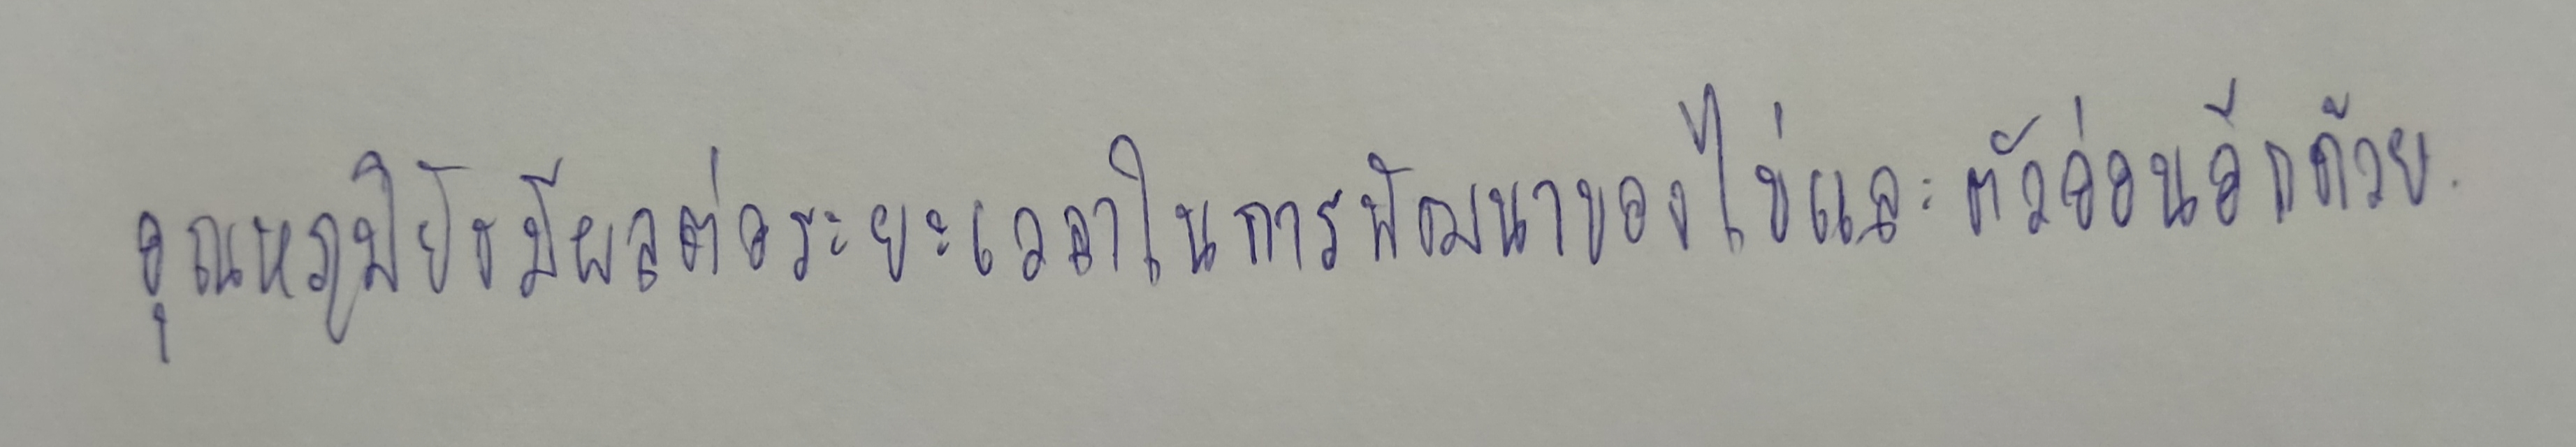
อุณหภูมิยังมีผลต่อระยะเวลาในการพัฒนาของไข่และตัวอ่อนอีกด้วย